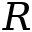
{ \cal R }